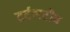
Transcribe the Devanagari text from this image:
टर्टलटौब